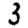
Digit: 3